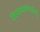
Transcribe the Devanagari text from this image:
विमानतळासाठीची